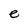
Character: e